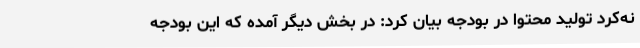
نه‌کرد تولید محتوا در بودجه بیان کرد: در بخش دیگر آمده که این بودجه